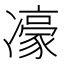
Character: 𪞯